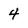
Character: 4